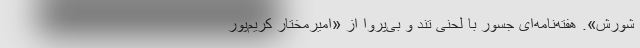
شورش». هفته‌نامه‌ای جسور با لحنی تند و بی‌پروا از «امیرمختار کریم‌پور